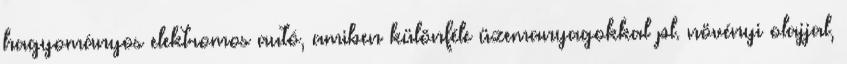
hagyományos elektromos autó, amiben különféle üzemanyagokkal pl. növényi olajjal,